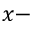
x -